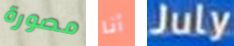
مصورة أنا July